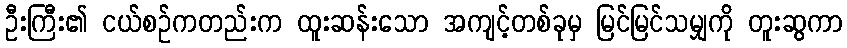
ဦးကြီး၏ ငယ်စဉ်ကတည်းက ထူးဆန်းသော အကျင့်တစ်ခုမှ မြင်မြင်သမျှကို တူးဆွကာ